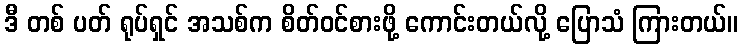
ဒီ တစ် ပတ် ရုပ်ရှင် အသစ်က စိတ်ဝင်စားဖို့ ကောင်းတယ်လို့ ပြောသံ ကြားတယ်။